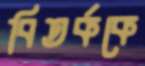
বিতর্ককে